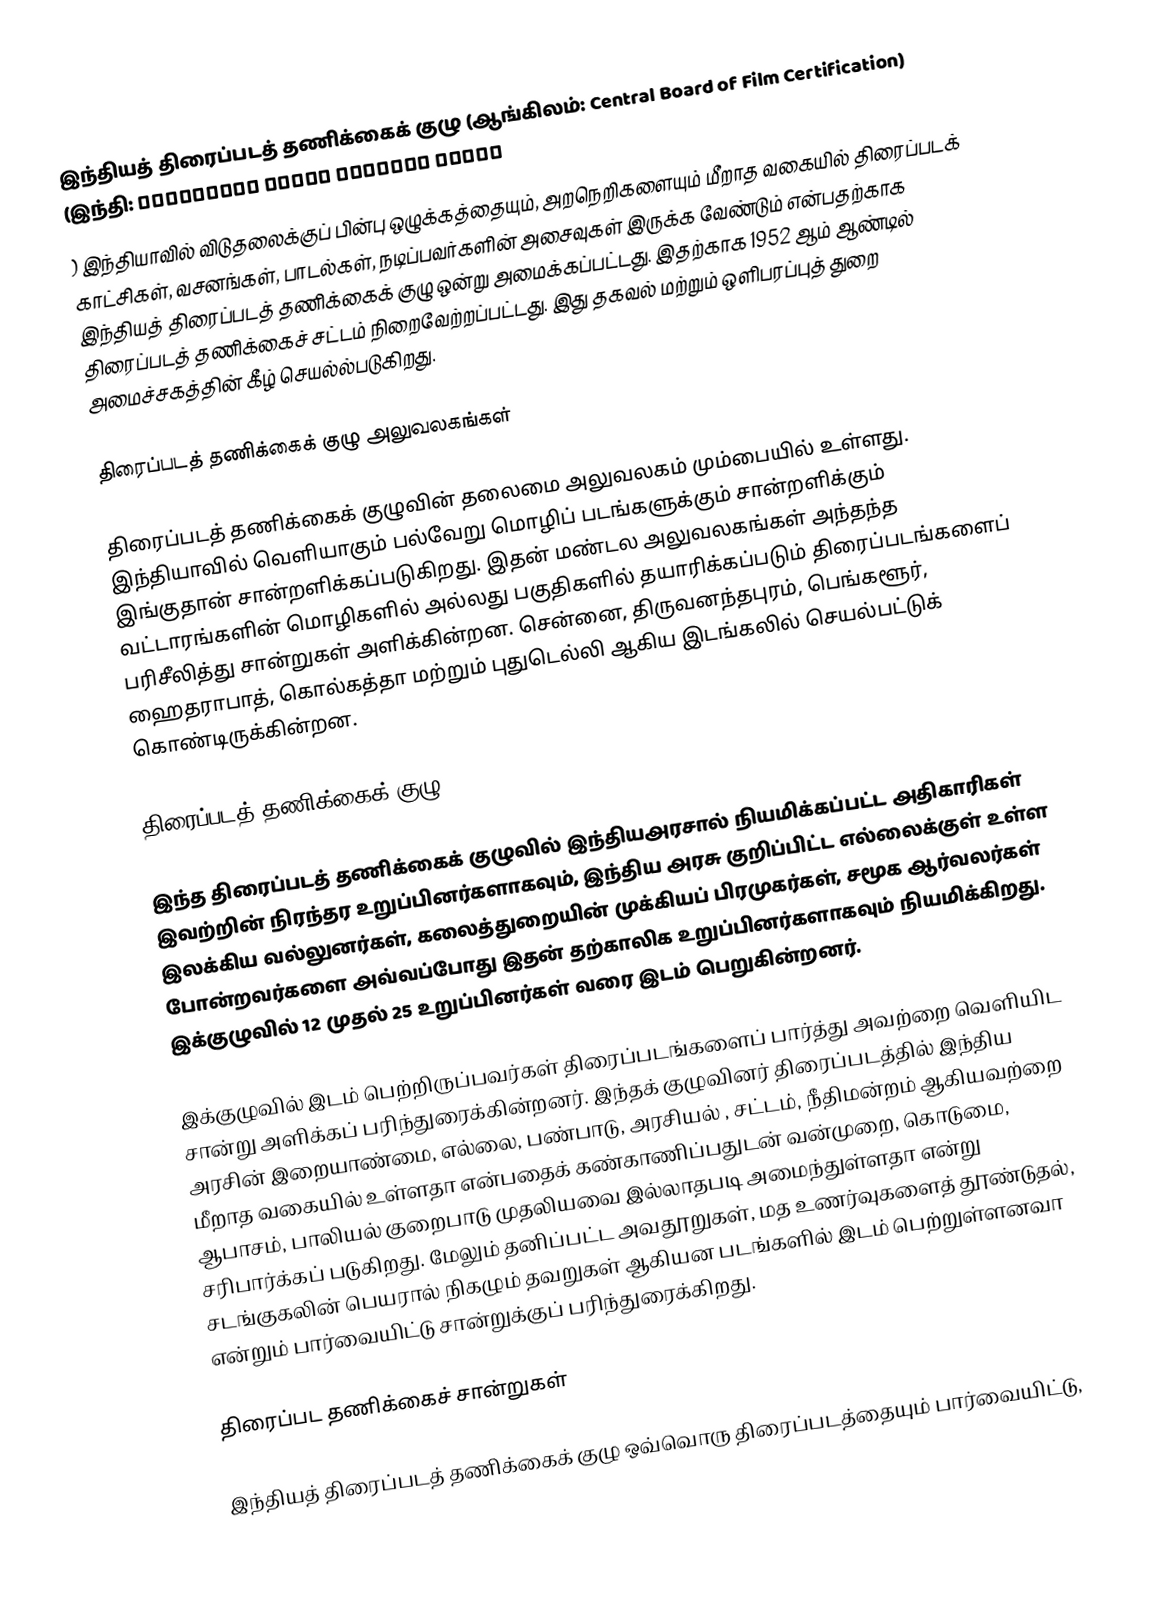
இந்தியத் திரைப்படத் தணிக்கைக் குழு (ஆங்கிலம்: Central Board of Film Certification) (இந்தி: केन्द्रीय फिल्म प्रमाणन बोर्ड
) இந்தியாவில்  விடுதலைக்குப் பின்பு ஒழுக்கத்தையும், அறநெறிகளையும் மீறாத வகையில் திரைப்படக் காட்சிகள், வசனங்கள், பாடல்கள், நடிப்பவர்களின் அசைவுகள் இருக்க வேண்டும் என்பதற்காக இந்தியத் திரைப்படத் தணிக்கைக் குழு ஒன்று அமைக்கப்பட்டது. இதற்காக 1952 ஆம் ஆண்டில் திரைப்படத் தணிக்கைச் சட்டம் நிறைவேற்றப்பட்டது. இது தகவல் மற்றும் ஒளிபரப்புத் துறை அமைச்சகத்தின் கீழ் செயல்ல்படுகிறது.

திரைப்படத் தணிக்கைக் குழு அலுவலகங்கள்

திரைப்படத் தணிக்கைக் குழுவின் தலைமை அலுவலகம் மும்பையில் உள்ளது. இந்தியாவில் வெளியாகும் பல்வேறு மொழிப் படங்களுக்கும் சான்றளிக்கும் இங்குதான் சான்றளிக்கப்படுகிறது. இதன் மண்டல அலுவலகங்கள் அந்தந்த வட்டாரங்களின் மொழிகளில் அல்லது பகுதிகளில் தயாரிக்கப்படும் திரைப்படங்களைப் பரிசீலித்து சான்றுகள் அளிக்கின்றன. சென்னை, திருவனந்தபுரம், பெங்களூர், ஹைதராபாத், கொல்கத்தா மற்றும் புதுடெல்லி ஆகிய இடங்கலில் செயல்பட்டுக் கொண்டிருக்கின்றன.

திரைப்படத் தணிக்கைக் குழு

இந்த திரைப்படத் தணிக்கைக் குழுவில் இந்தியஅரசால் நியமிக்கப்பட்ட அதிகாரிகள் இவற்றின் நிரந்தர உறுப்பினர்களாகவும், இந்திய அரசு குறிப்பிட்ட எல்லைக்குள் உள்ள இலக்கிய வல்லுனர்கள், கலைத்துறையின் முக்கியப் பிரமுகர்கள், சமூக ஆர்வலர்கள் போன்றவர்களை அவ்வப்போது  இதன் தற்காலிக உறுப்பினர்களாகவும் நியமிக்கிறது. இக்குழுவில் 12 முதல் 25 உறுப்பினர்கள் வரை இடம் பெறுகின்றனர்.

இக்குழுவில் இடம் பெற்றிருப்பவர்கள் திரைப்படங்களைப் பார்த்து அவற்றை வெளியிட சான்று அளிக்கப் பரிந்துரைக்கின்றனர். இந்தக் குழுவினர் திரைப்படத்தில் இந்திய அரசின் இறையாண்மை, எல்லை, பண்பாடு, அரசியல் , சட்டம்,  நீதிமன்றம் ஆகியவற்றை மீறாத வகையில் உள்ளதா என்பதைக் கண்காணிப்பதுடன் வன்முறை, கொடுமை, ஆபாசம், பாலியல் குறைபாடு முதலியவை இல்லாதபடி அமைந்துள்ளதா என்று சரிபார்க்கப் படுகிறது. மேலும் தனிப்பட்ட அவதூறுகள், மத உணர்வுகளைத் தூண்டுதல், சடங்குகலின் பெயரால் நிகழும் தவறுகள் ஆகியன படங்களில் இடம் பெற்றுள்ளனவா என்றும் பார்வையிட்டு சான்றுக்குப் பரிந்துரைக்கிறது.

திரைப்பட தணிக்கைச் சான்றுகள்

இந்தியத் திரைப்படத் தணிக்கைக் குழு ஒவ்வொரு திரைப்படத்தையும் பார்வையிட்டு,